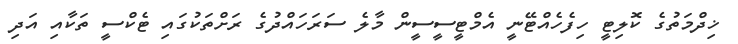
ޚިދްމަތުގެ ކޮލިޓީ ހިފެހެއްޓޭނީ އެމްޓީސީސީން މާލެ ސަރަހައްދުގެ ރަށްތަކުގައި ޓެކްސީ ތަކާއި އަދި